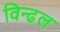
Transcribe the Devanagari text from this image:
विन्ढल